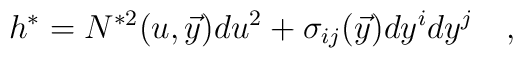
h^\ast= N^{\ast 2}(u,{\vec y})du^2 + \sigma_{ij}(\vec y)dy^idy^j\quad ,